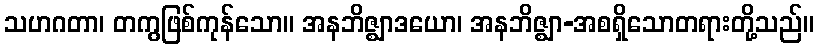
သဟဂတာ၊ တကွဖြစ်ကုန်သော။ အနဘိဇ္ဈာဒယော၊ အနဘိဇ္ဈာ-အစရှိသောတရားတို့သည်။